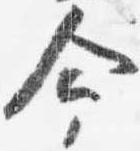
命